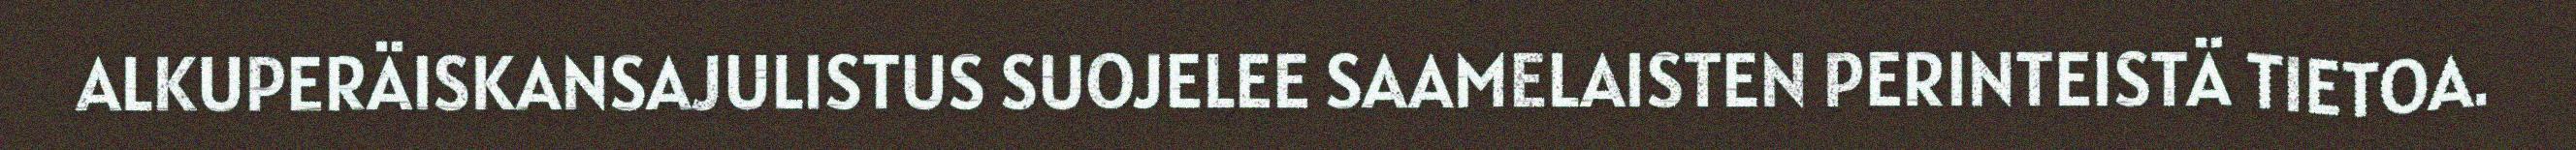
ALKUPERÄISKANSAJULISTUS SUOJELEE SAAMELAISTEN PERINTEISTÄ TIETOA.